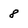
Character: 8